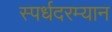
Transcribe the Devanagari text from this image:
स्पर्धदरम्यान